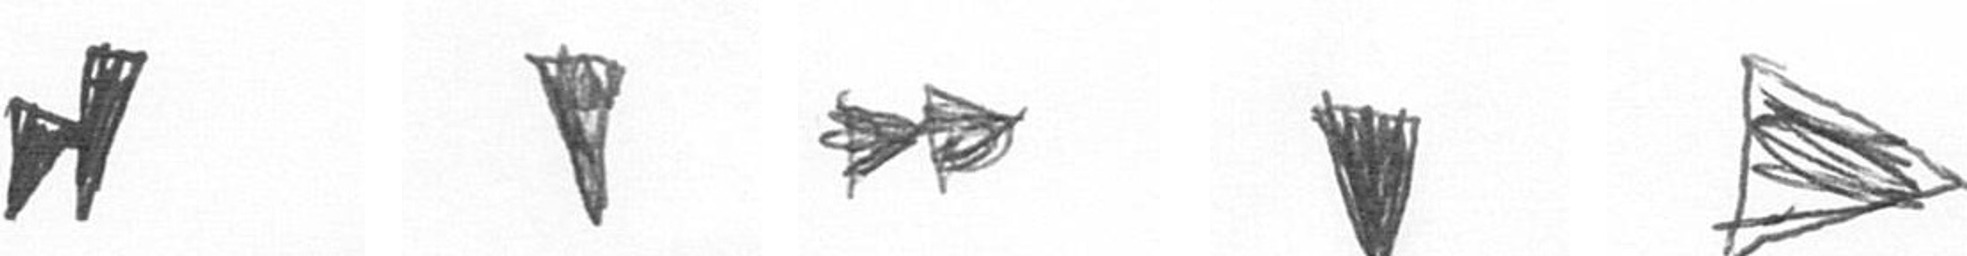
M J A J T